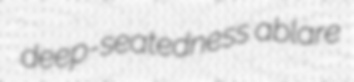
deep-seatedness ablare